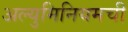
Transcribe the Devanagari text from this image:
अल्युमिनियमची